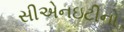
સીએનઇટીનો